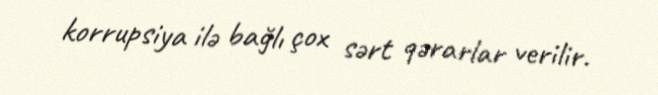
korrupsiya ilə bağlı çox sərt qərarlar verilir.